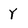
Character: Y